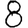
Digit: 8